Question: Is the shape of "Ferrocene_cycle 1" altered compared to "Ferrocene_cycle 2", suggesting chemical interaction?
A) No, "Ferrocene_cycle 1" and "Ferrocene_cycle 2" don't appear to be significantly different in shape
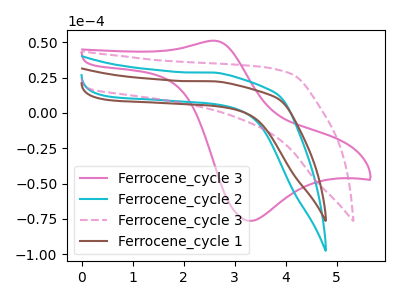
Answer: <think>The pink curve "Ferrocene_cycle 3" has an anodic peak at (2.60V, 51.05uA) and a cathodic peak at (3.30V, -76.40uA). The cyan curve "Ferrocene_cycle 2" has no peaks. The pink dashed curve "Ferrocene_cycle 3" has no peaks. The brown curve "Ferrocene_cycle 1" has no peaks.
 Neither "Ferrocene_cycle 1" or "Ferrocene_cycle 2" have any peaks.</think>
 <answer>A) No, "Ferrocene_cycle 1" and "Ferrocene_cycle 2" don't appear to be significantly different in shape</answer>
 <eval>A</eval>